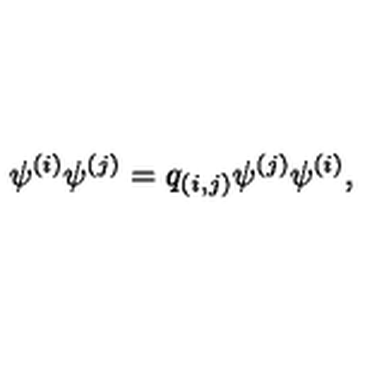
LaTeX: \psi ^ { ( i ) } \psi ^ { ( j ) } = q _ { ( i , j ) } \psi ^ { ( j ) } \psi ^ { ( i ) } ,